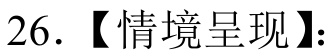
26.【情境呈现】：